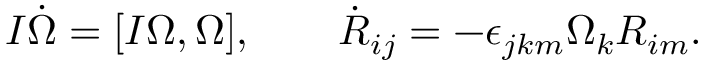
\begin{array} { r } { I \dot { \boldsymbol \Omega } = [ I { \boldsymbol \Omega } , { \boldsymbol \Omega } ] , \qquad \dot { R } _ { i j } = - \epsilon _ { j k m } \Omega _ { k } R _ { i m } . } \end{array}